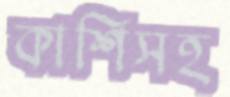
কাশিসহ